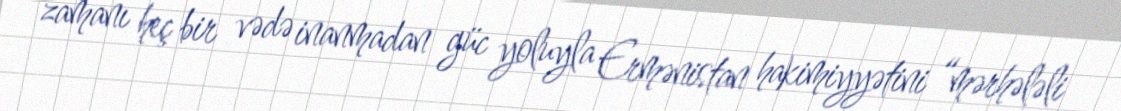
zamanı heç bir vədə inanmadan güc yoluyla Ermənistan hakimiyyətini “mərhələli